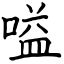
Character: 嗌